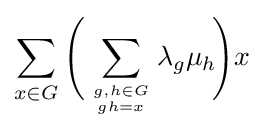
\sum _{x\in G}{\Bigg (}\sum _{g,h\in G \atop gh=x}\lambda _{g}\mu _{h}\!{\Bigg )}x